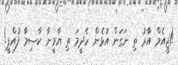
!1ޖީއެމް އާރު ތި ނަގަން އުޅެން ހެދީމަ ތި ޔާމީނާ ކާސިމާ ފުއްޕީ!